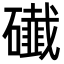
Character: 䃱